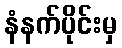
နံနက်ပိုင်းမှ